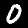
Label: 0